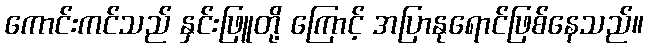
ကောင်းကင်သည် နှင်းဖြူတို့ ကြောင့် အပြာနုရောင်ဖြစ်နေသည်။